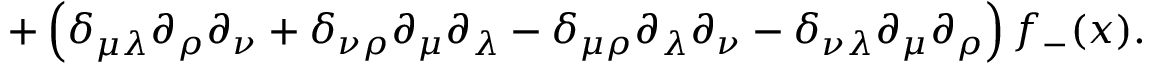
+ \left( \delta _ { \mu \lambda } \partial _ { \rho } \partial _ { \nu } + \delta _ { \nu \rho } \partial _ { \mu } \partial _ { \lambda } - \delta _ { \mu \rho } \partial _ { \lambda } \partial _ { \nu } - \delta _ { \nu \lambda } \partial _ { \mu } \partial _ { \rho } \right) f _ { - } ( x ) .